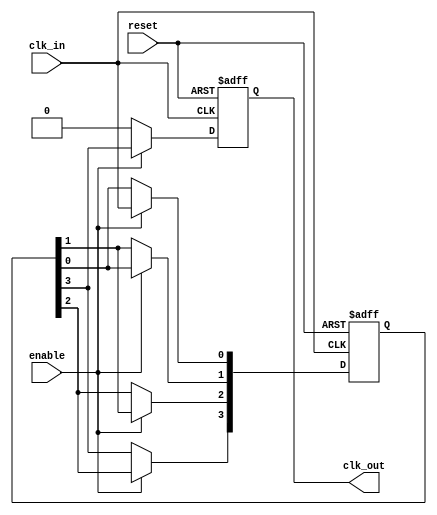
module skew_optimized_clock_buffer (
    input wire clk_in,        // Single-ended input clock signal
    output reg clk_out,       // Buffered output clock signal
    input wire enable,        // Control signal to enable/disable the clock buffer
    input wire reset          // Asynchronous reset signal
);

// Parameters for delay tuning
parameter DELAY_STAGES = 4; // Number of delay stages
parameter DELAY_VALUE = 2;   // Delay value for each stage (in simulation time units)

// Internal signals
reg [DELAY_STAGES-1:0] delay_line; // Delay line for skew adjustment
reg clk_in_delayed;            // Delayed version of clk_in
integer i;

// Asynchronous reset
always @(posedge clk_in or posedge reset) begin
    if (reset) begin
        // Reset the delay line
        delay_line <= 0;
        clk_out <= 0;
    end else if (enable) begin
        // Shift the clock signal through the delay line
        clk_in_delayed <= clk_in;
        for (i = 0; i < DELAY_STAGES; i = i + 1) begin
            if (i == 0) begin
                delay_line[i] <= clk_in;
            end else begin
                delay_line[i] <= delay_line[i-1];
            end
        end
        // Output the last stage of the delay line
        clk_out <= delay_line[DELAY_STAGES-1];
    end else begin
        // Disable clock output when not enabled
        clk_out <= 0;
    end
end

endmodule